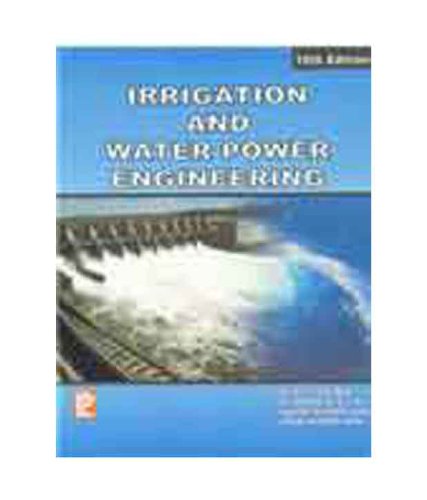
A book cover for Irrigation and Water Power Engineering; B. C. Punmia; Science & Math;